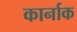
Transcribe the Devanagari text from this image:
कार्नाक